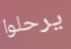
يرحلوا